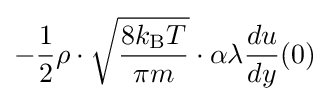
-{\frac {1}{2}}\rho \cdot {\sqrt {\frac {8k_{\text{B}}T}{\pi m}}}\cdot \alpha \lambda {\frac {du}{dy}}(0)